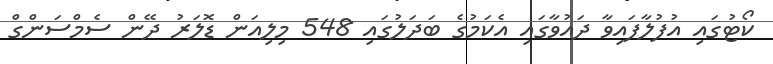
ކޯޓުގައި އުފުލާފައިވާ ދައުވާގައި އެކަމުގެ ބަދަލުގައި 548 މިލިއަން ޑޮލަރު ދޭން ސެމްސަންގް